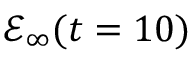
\mathcal { E } _ { \infty } ( t = 1 0 )